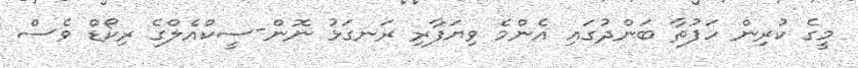
މީގެ ކުރިން ހަފުތާ ބަންދުގައި އެންމެ ވިޔަފާރި ރަނގަޅު ނޮން-ސީކްއެލްގެ ރިކޯޑް ވެސް